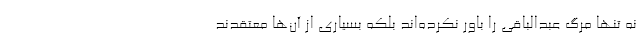
نه تنها مرگ عبدالباقی را باور نکرده‌اند بلکه بسیاری از آن‌ها معتقدند